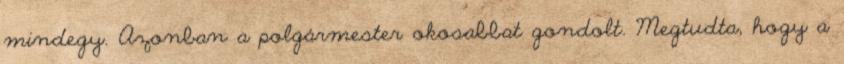
mindegy. Azonban a polgármester okosabbat gondolt. Megtudta, hogy a